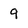
Character: 9